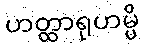
ဟတ္ထာရုဟမ္ပိ